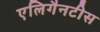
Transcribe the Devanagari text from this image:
एलिगैनटीस